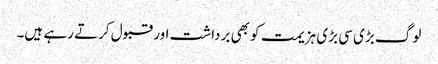
لوگ بڑی سی بڑی ہزیمت کو بھی برداشت اور قبول کرتے رہے ہیں۔